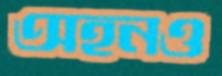
অহনও